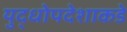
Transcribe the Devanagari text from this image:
युद्धोपदेशाकडे